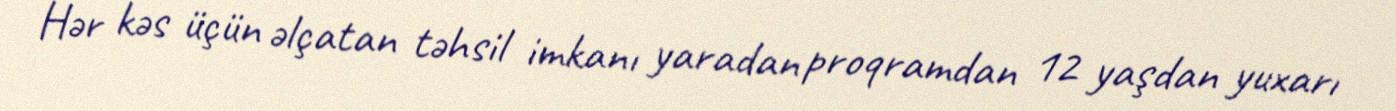
Hər kəs üçün əlçatan təhsil imkanı yaradan proqramdan 12 yaşdan yuxarı